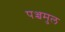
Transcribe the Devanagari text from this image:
पञ्चमुल